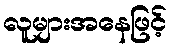
လူများအနေဖြင့်